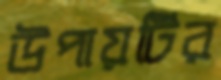
উপায়টির